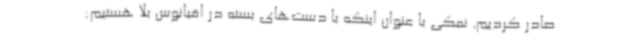
صادر کردیم. نمکی با عنوان اینکه با دست‌های بسته در اقیانوس بلا هستیم: